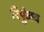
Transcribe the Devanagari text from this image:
रिपुंजय